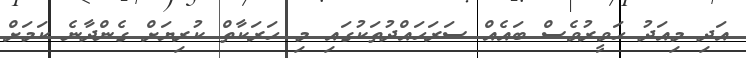
އަދި މިއަދު ހަވީރުވެސް ބައެއް ސަރަހައްދުތަކުގައި މި ހަރަކާތް ކުރިޔަށް ގެންދާނެ ކަމަށް